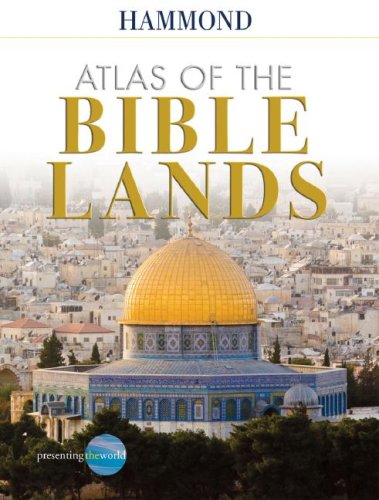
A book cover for Hammond Atlas of the Bible Lands; Christian Books & Bibles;